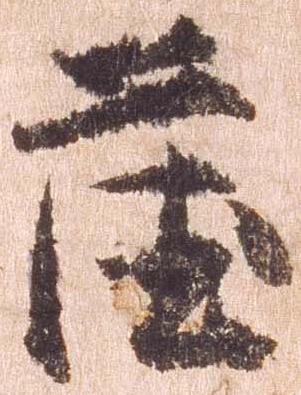
薩